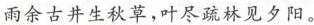
雨余古井生秋草，叶尽疏林见夕阳。